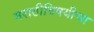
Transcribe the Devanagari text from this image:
मराठीविषयीचा